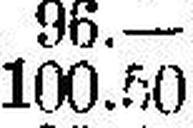
100.50